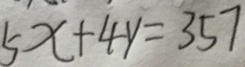
5 x + 4 y = 3 5 7